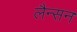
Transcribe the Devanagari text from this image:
लैन्सन